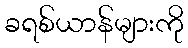
ခရစ်ယာန်များကို